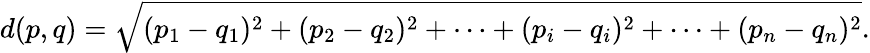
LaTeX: d(p,q)={\sqrt{(p_{1}-q_{1})^{2}+(p_{2}-q_{2})^{2}+\cdots+(p_{i}-q_{i})^{2}+\cdots+(p_{n}-q_{n})^{2}}}.